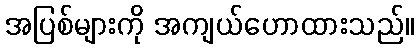
အပြစ်များကို အကျယ်ဟောထားသည်။